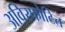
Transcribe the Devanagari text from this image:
अविस्फोटित